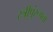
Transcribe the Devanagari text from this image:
स्त्रीपुंरूपता